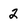
Character: 2